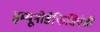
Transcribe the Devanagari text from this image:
इम्यूनोडेफिसिएंसी